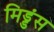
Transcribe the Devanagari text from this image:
मिड्डंस